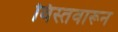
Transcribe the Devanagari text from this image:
विस्तवारून